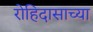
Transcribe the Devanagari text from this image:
रोहिदासाच्या